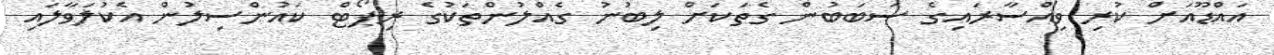
އައްޑޫއަށް ކުރި ވިއްސާރައިގެ ސަބަބުން ގެތަކަށް ލިބުނު ގެއްލުންތަކުގެ ރިޕޯޓް ކައުންސިލުން އެކުލަވާލައި